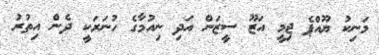
މަނިކު ޔޫއްޕެ ޖިމީ އަޒޫ ސީޒަން އަދި ނިއުމާގެ ހުނަރަކީ ދެން އިތުރު